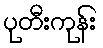
ပုတီးကုန်း